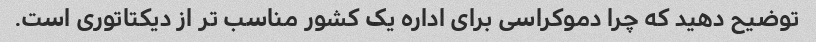
توضیح دهید که چرا دموکراسی برای اداره یک کشور مناسب تر از دیکتاتوری است.